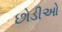
છોડીઓ